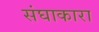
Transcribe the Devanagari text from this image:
संघाकारा